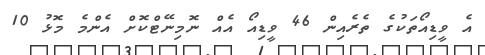
އެ ވީޑިއޯތަކުގެ ތެރެއިން 46 ވީޑިއޯ އެއް ނޮމިނޭޓްކޮށް އެންމެ މޮޅު 10